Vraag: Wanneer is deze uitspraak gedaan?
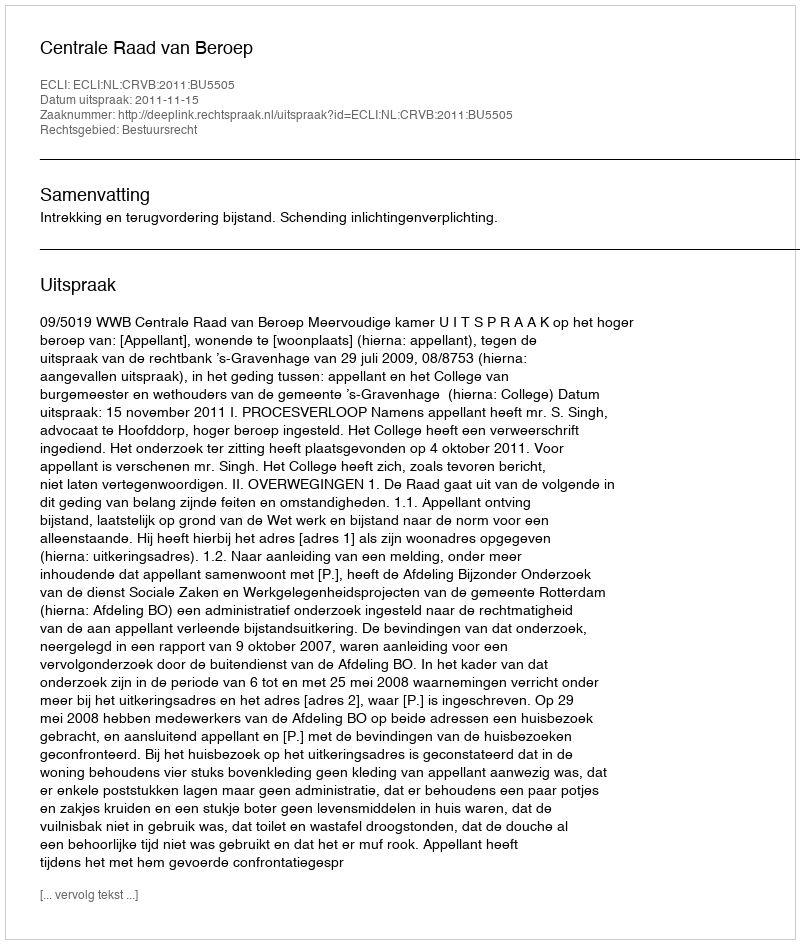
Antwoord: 2011-11-15